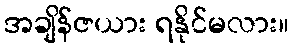
အချိန်ဇယား ရနိုင်မလား။